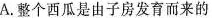
A.整个西瓜是由子房发育而来的